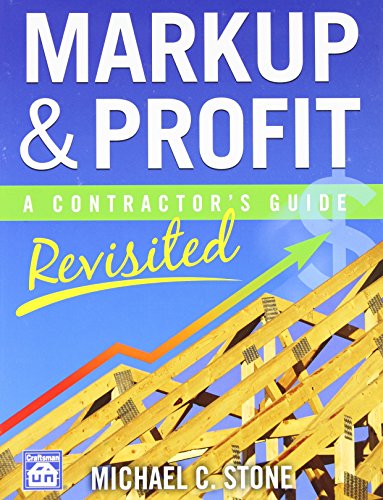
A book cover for Markup & Profit: A Contractor's Guide, Revisited; Michael C. Stone; Engineering & Transportation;